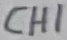
Text: CH1